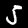
Digit: 5